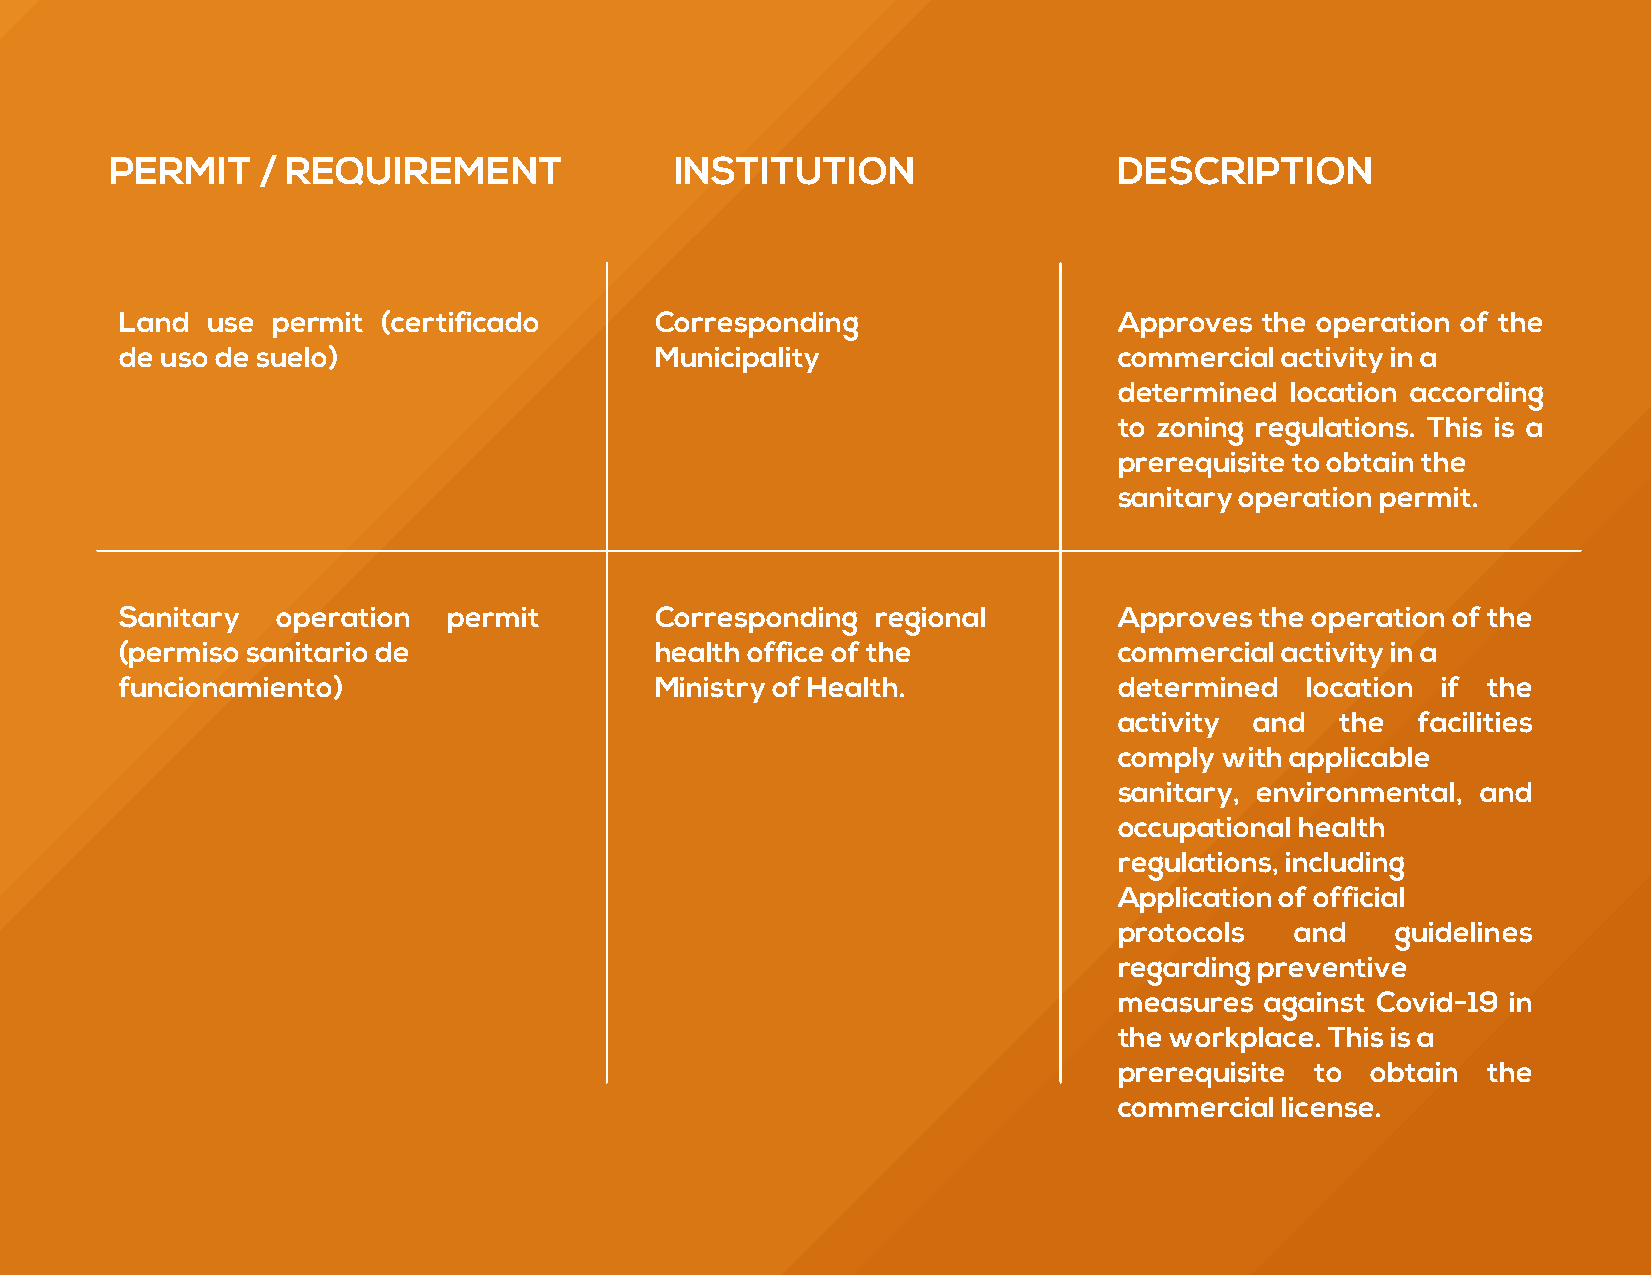
PERMIT    / REQUIREMENT               INSTITUTION                  DESCRIPTION
 Land  use permit (certificado      Corresponding                  Approves  the operation of the
 de uso de suelo)                   Municipality                   commercial activity in a
 determined location according
 to zoning regulations. This is a
 prerequisite to obtain the
 sanitary operation permit.
 Sanitary  operation   permit       Corresponding  regional        Approves the operation of the
 (permiso sanitario de              health office of the           commercial activity in a
 funcionamiento)                    Ministry of Health.            determined  location if the
 activity and   the  facilities
 comply with applicable
 sanitary, environmental, and
 occupational health
 regulations, including
 Application of official
 protocols   and   guidelines
 regarding preventive
 measures  against Covid-19 in
 the workplace. This is a
 prerequisite to  obtain the
 commercial license.